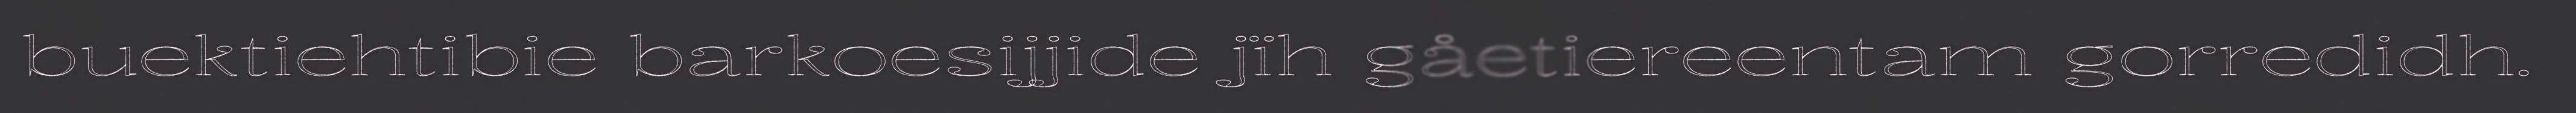
buektiehtibie barkoesijjide jïh gåetiereentam gorredidh.